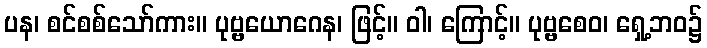
ပန၊ စင်စစ်သော်ကား။ ပုဗ္ဗယောဂေန၊ ဖြင့်။ ဝါ၊ ကြောင့်။ ပုဗ္ဗစေဝ၊ ရှေ့ဘဝ၌